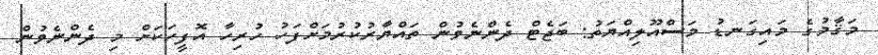
މަޤާމުގެ މައިގަނޑު މަސްއޫލިއްޔަތު: ބަޖެޓް ދެންނެވުން ތައްޔާރުކުރުމަށްފަހު ހުރިހާ އޮފީހަކަށް މި ދެންނެވުން